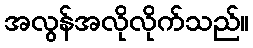
အလွန်အလိုလိုက်သည်။